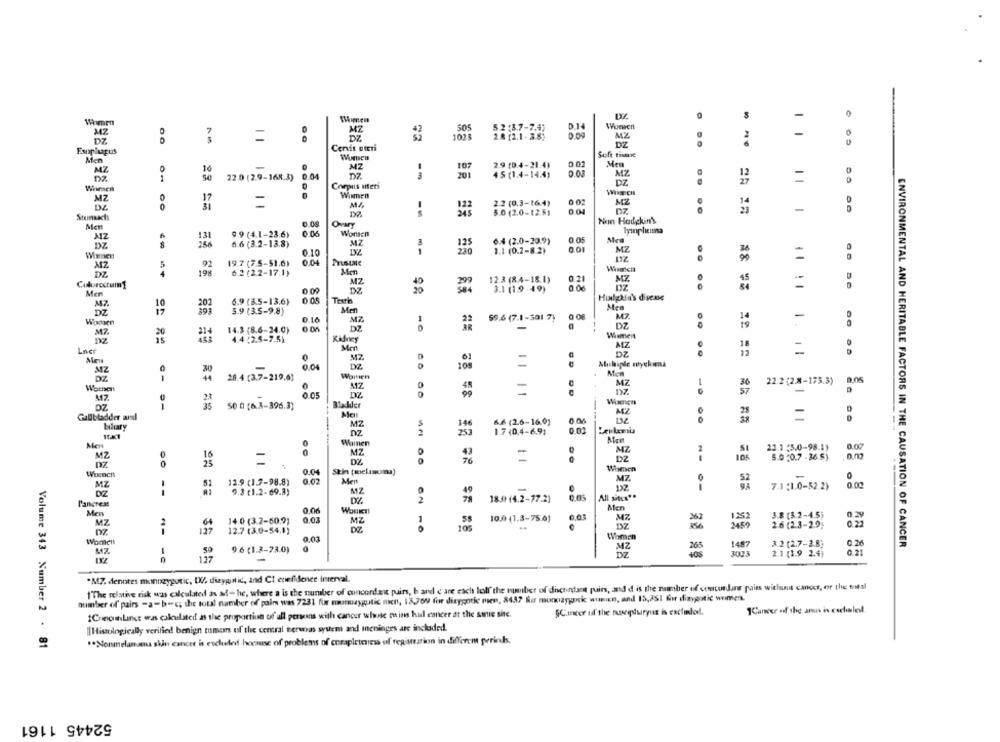
Women
-
Wimen
MZ
D.14
Women
347
505
0.09
MZ
-
DZ
DZ
1073
28:2.1. 28;
2
Cervit oteri
DZ
Estapisapus
Soft TIMADe
Men
2.9 (0.4-21.4)
0.02
MZ
MZ
107
MZ
DZ
1
16
22.0 (2.9-168.3) 0.04
DZ
201
45 (1.4-14.4)
=
0
Compils after
Wensen
Women
WIRDCH
MZ
0
....
0 02
MZ
DZ
17
=
MZ
2.2 (0.3-16:4)
-
Stunach
5.0 (2.0-12.5,
0.08
Non-Hodgkin's
Men
OVMY
AZ
9.9 (4.1-23.6)
0.06
Wonen
0.05
DZ
6.6 (3.2-13.8)
MZ
6.4 (2.0-20.9)
0.10
1.1 (0.2-8.2)
0.01
MZ
=
MZ
5
92
19.7 (7.5-51.6)
0.04
19%
6.2 (2.2-17.1)
MZ
12.3 (84-18.1)
0.21
MZ
-
Colorectummg
0 00
DZ
3.1 (19 -49)
0.06
Men
Hodgkin's diese
201
6.9 (85-13.6)
0.08
Testi
DZ
5.9 (3.5-9.8)
Met
Mes
MZ
59.6 (7.1-501 7)
M7.
-
Women
0.05
DZ
DZ
is
M7.
214
14.3 (8.6-24.0)
Wismeit
4.4 (2.5-7.5)
Kidney
Lner
Men
MZ
MZ
DZ
11
MZ
30
0.04
Mich
28.4 (3.7-219.0)
Women
0
MZ
MZ
22.2 (2.8-175.3)
0,05
0.05
-
M7
23
Wiamen
is
50 0 [6.3-396.3)
Bladder
Gallbladder and
MZ
66 (2.6-16.0)
6.06
biliary
1.7 (0.4-6.91
0.00
Leukemia
Men
Men
Women
0.00
MZ
MZ
MZ
S
23.1 :5.0-98.1)
=
DZ
105
5.0 .0.7 -36.5)
Wonen
0.04
Skin (mclasuma)
0
MZ
12.9 (1.7-98.8)
0.07
Ment
MZ
MZ
7.1 :1.0-52.2)
0.00
DIZ
--
9.3 (1.2- 69.3)
All sites""
P'ancress
18.0 (4.2-77.2)
Men
Men
14.0 (3.2-60,9)
0.03
MZ
10.0 (1.3-75.6)
0.0.3
MZ
1252
3.8 (3.2-4.5)
MZ
2
DZ
2459
2.6 (2.3-2.9)
12.7 (3.0-54.1)
0,02
Women
1487
3.2 (2.7-3.8]
MZ
9.6 (1.2-73.0)
0
MZ
265
ENVIRONMENTAL AND HERITABLE FACTORS IN THE CAUSATION OF CANCER
2.1 (1.9 2.4)
127
.MZ denotes monnaygutic, [ dizygotic, and CI confidence interval.
1The relative risk was calculated as aff the, where a is the number of concordent puirs, b and c are each full" the number of discordant quirs, and d is the number of concordans paies without cancer, or the total
auitser of pairs -a-b=c; the total number of pain was 7231 fix monnaygutic men, 13,769 for dizygotic nien, 8437 Ka moncayonic wuniEn, and 15,251 fir dizygotic women.
1Cancer of the anis in csclalel.
1CreoLing was calculated as the proportion of all persons with cancer whose moins hul cancer at the same site.
SCancer of the muszędurynz is exchilo !.
||Histologically verified benign tusmen of the central nerwas system and meninges are included.
Volume 343 Number 2 . 81
** Nonmelanoma skin cancer is esclaleid hocause of problems of corapleteness of registration in different perinds.
52445 1161